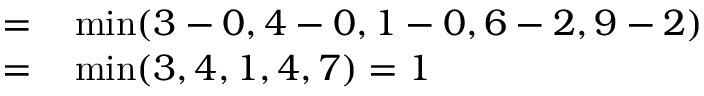
\begin{array} { r l } { = } & { { } \operatorname* { m i n } ( 3 - 0 , 4 - 0 , 1 - 0 , 6 - 2 , 9 - 2 ) } \\ { = } & { { } \operatorname* { m i n } ( 3 , 4 , 1 , 4 , 7 ) = 1 } \end{array}